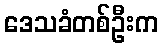
ဒေသခံတစ်ဦးက